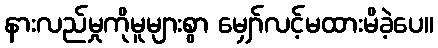
နားလည်မှုကိုမူများစွာ မျှော်လင့်မထားမိခဲ့ပေ။